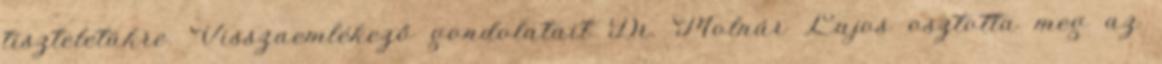
tiszteletükre. Visszaemlékező gondolatait Dr. Molnár Lajos osztotta meg az